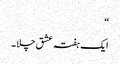
“
ایک ہفتہ عشق چلا ۔